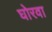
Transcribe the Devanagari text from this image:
घोरवा